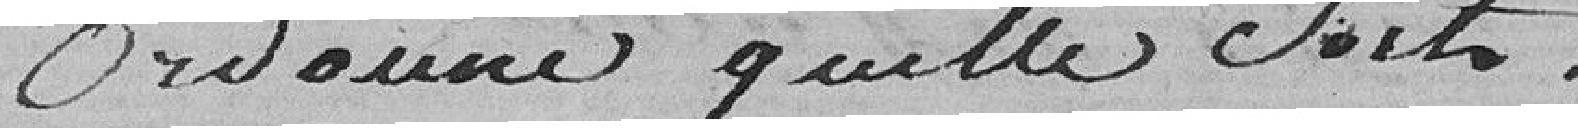
ordonne qu'elle soit